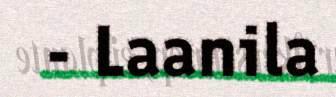
- Laanila